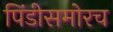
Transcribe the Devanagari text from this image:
पिंडीसमोरच